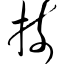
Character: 捺